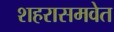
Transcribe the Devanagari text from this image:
शहरासमवेत